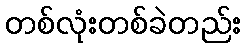
တစ်လုံးတစ်ခဲတည်း